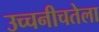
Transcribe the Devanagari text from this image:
उच्चनीचतेला